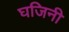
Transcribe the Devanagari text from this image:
घजिनी